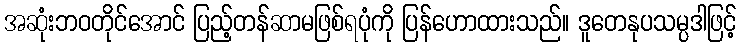
အဆုံးဘဝတိုင်အောင် ပြည့်တန်ဆာမဖြစ်ရပုံကို ပြန်ဟောထားသည်။ ဒူတေနုပသမ္ပဒါဖြင့်